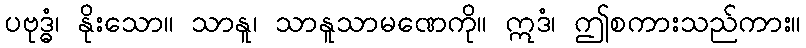
ပဗုဒ္ဓံ၊ နိုးသော။ သာနူ၊ သာနူသာမဏေကို။ ဣဒံ၊ ဤစကားသည်ကား။